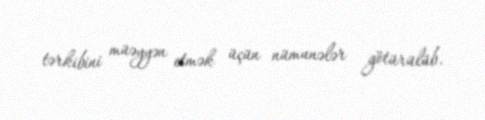
tərkibini müəyyən etmək üçün nümunələr götürülüb.